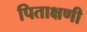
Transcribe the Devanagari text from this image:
पिताक्षणी